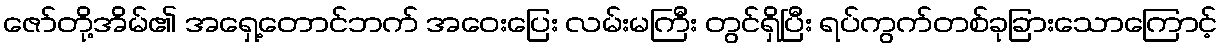
ဇော်တို့အိမ်၏ အရှေ့တောင်ဘက် အဝေးပြေး လမ်းမကြီး တွင်ရှိပြီး ရပ်ကွက်တစ်ခုခြားသောကြောင့်